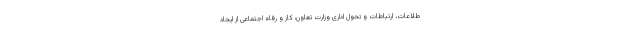
طلاعات، ارتباطات و تحول اداری وزارت تعاون، کار و رفاه اجتماعی از ایجاد